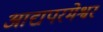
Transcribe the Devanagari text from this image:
आद्यपरमेश्वर